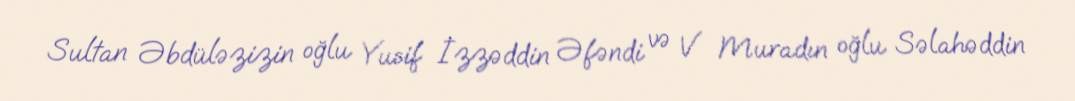
Sultan Əbdüləzizin oğlu Yusif İzzəddin Əfəndi və V Muradın oğlu Səlahəddin